Report on vaccination in Madras 1904-1921 - 1904-1921
Year: 1904
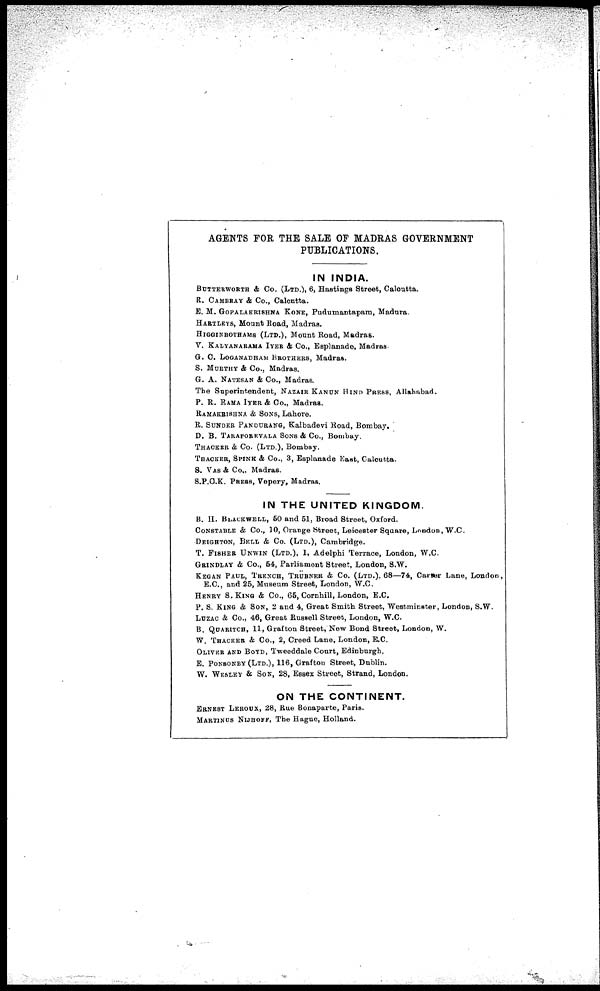
AGENTS FOR THE SALE OF MADRAS GOVERNMENT
PUBLICATIONS.
IN INDIA.
BUTTERWORTH & Co. (LTD.), 6, Hastings Street, Calcutta.
R. CAMBRAY & Co., Calcutta.
E. M. GOPALAKRISHNA KONE, Pudumantapam, Madura.
HARTLEYS, Mount Road, Madras.
HIGGINBOTHAMS (LTD.), Mount Road, Madras.
V. KALYANARAMA IYER & Co., Esplanade, Madras.
G. C. LOGANADHAM BROTHERS, Madras.
S. MURTHY & Co., Madras.
G. A. NATESAN & Co., Madras.
The Superintendent, NAZAIR KANUN HIND PRESS, Allahabad.
P. R. RAMA IYER & Co., Madras.
RAMAKRISHNA & SONS, Lahore.
B. SUNDER PANDURANG, Kalbadevi Road, Bombay.
D. B. TARAPOREVALA SONS & Co., Bombay.
THACKER & Co. (LTD.), Bombay.
THACKER, SPINK & Co., 3, Esplanade East, Calcutta.
S. VAS & Co., Madras.
S.P.C.K. PRESS, Vepery, Madras.
IN THE UNITED KINGDOM.
B. H. BLACKWELL, 50 and 51, Broad Street, Oxford.
CONSTABLE & Co., 10, Orange Street, Leicester Square, London, W.C.
DEIGHTON, BELL & Co. (LTD.), Cambridge.
T. FISHER UNWIN (LTD.), 1, Adelphi Terrace, London, W.C.
GRINDLAY & Co., 54, Parliament Street, London, S.W.
KEGAN PAUL, TRENCH, TRÜBNER & Co. (LTD.), 68—74, Carter Lane, London,
E.C., and 25, Museum Street, London, W.C.
HENRY S. KING & Co., 65, Cornhill, London, E.C.
P. S. KING & SON, 2 and 4, Great Smith Street, Westminster, London, S.W.
LUZAC & Co., 46, Great Russell Street, London, W.C.
B. QUARITCH, 11, Grafton Street, New Bond Street, London, W.
W. THACKER & Co., 2, Creed Lane, London, E.C.
OLIVER AND BOYD, Tweeddale Court, Edinburgh.
E. PONSONBY (LTD.), 116, Grafton Street, Dublin.
W. WESLEY & SON, 28, Essex Street, Strand, London.
ON THE CONTINENT.
ERNEST LEROUX, 28, Rue Bonaparte, Paris.
MARTINUS NIJHOFF, The Hague, Holland.